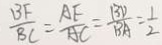
\frac { B F } { B C } = \frac { A E } { A C } = \frac { B D } { B A } = \frac { 1 } { 2 }